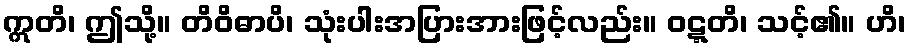
ဣတိ၊ ဤသို့။ တိဝိဓာပိ၊ သုံးပါးအပြားအားဖြင့်လည်း။ ဝဋ္ဋတိ၊ သင့်၏။ ဟိ၊